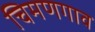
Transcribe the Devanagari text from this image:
चिमणगाव